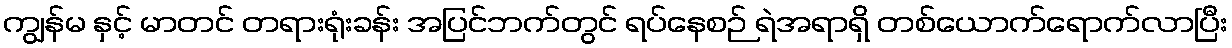
ကျွန်မ နှင့် မာတင် တရားရုံးခန်း အပြင်ဘက်တွင် ရပ်နေစဉ် ရဲအရာရှိ တစ်ယောက်ရောက်လာပြီး